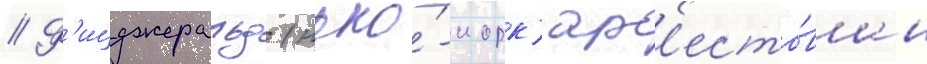
// Ф'ицджеральд (нью́-иорк) ар'есто́ван